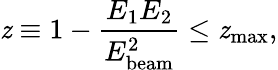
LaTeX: \mathit{z}\equiv1-{\frac{{E_{\mathrm{{1}}}E_{\mathrm{{2}}}}}{{E_{\mathrm{{beam}}}^{2}}}}\leq\mathit{z}_{\mathrm{{max}}},